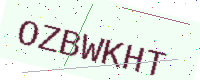
Text: OZBWKHT